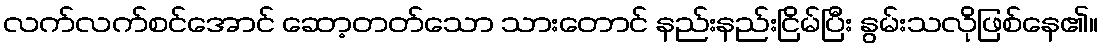
လက်လက်စင်အောင် ဆော့တတ်သော သားတောင် နည်းနည်းငြိမ်ပြီး နွမ်းသလိုဖြစ်နေ၏။